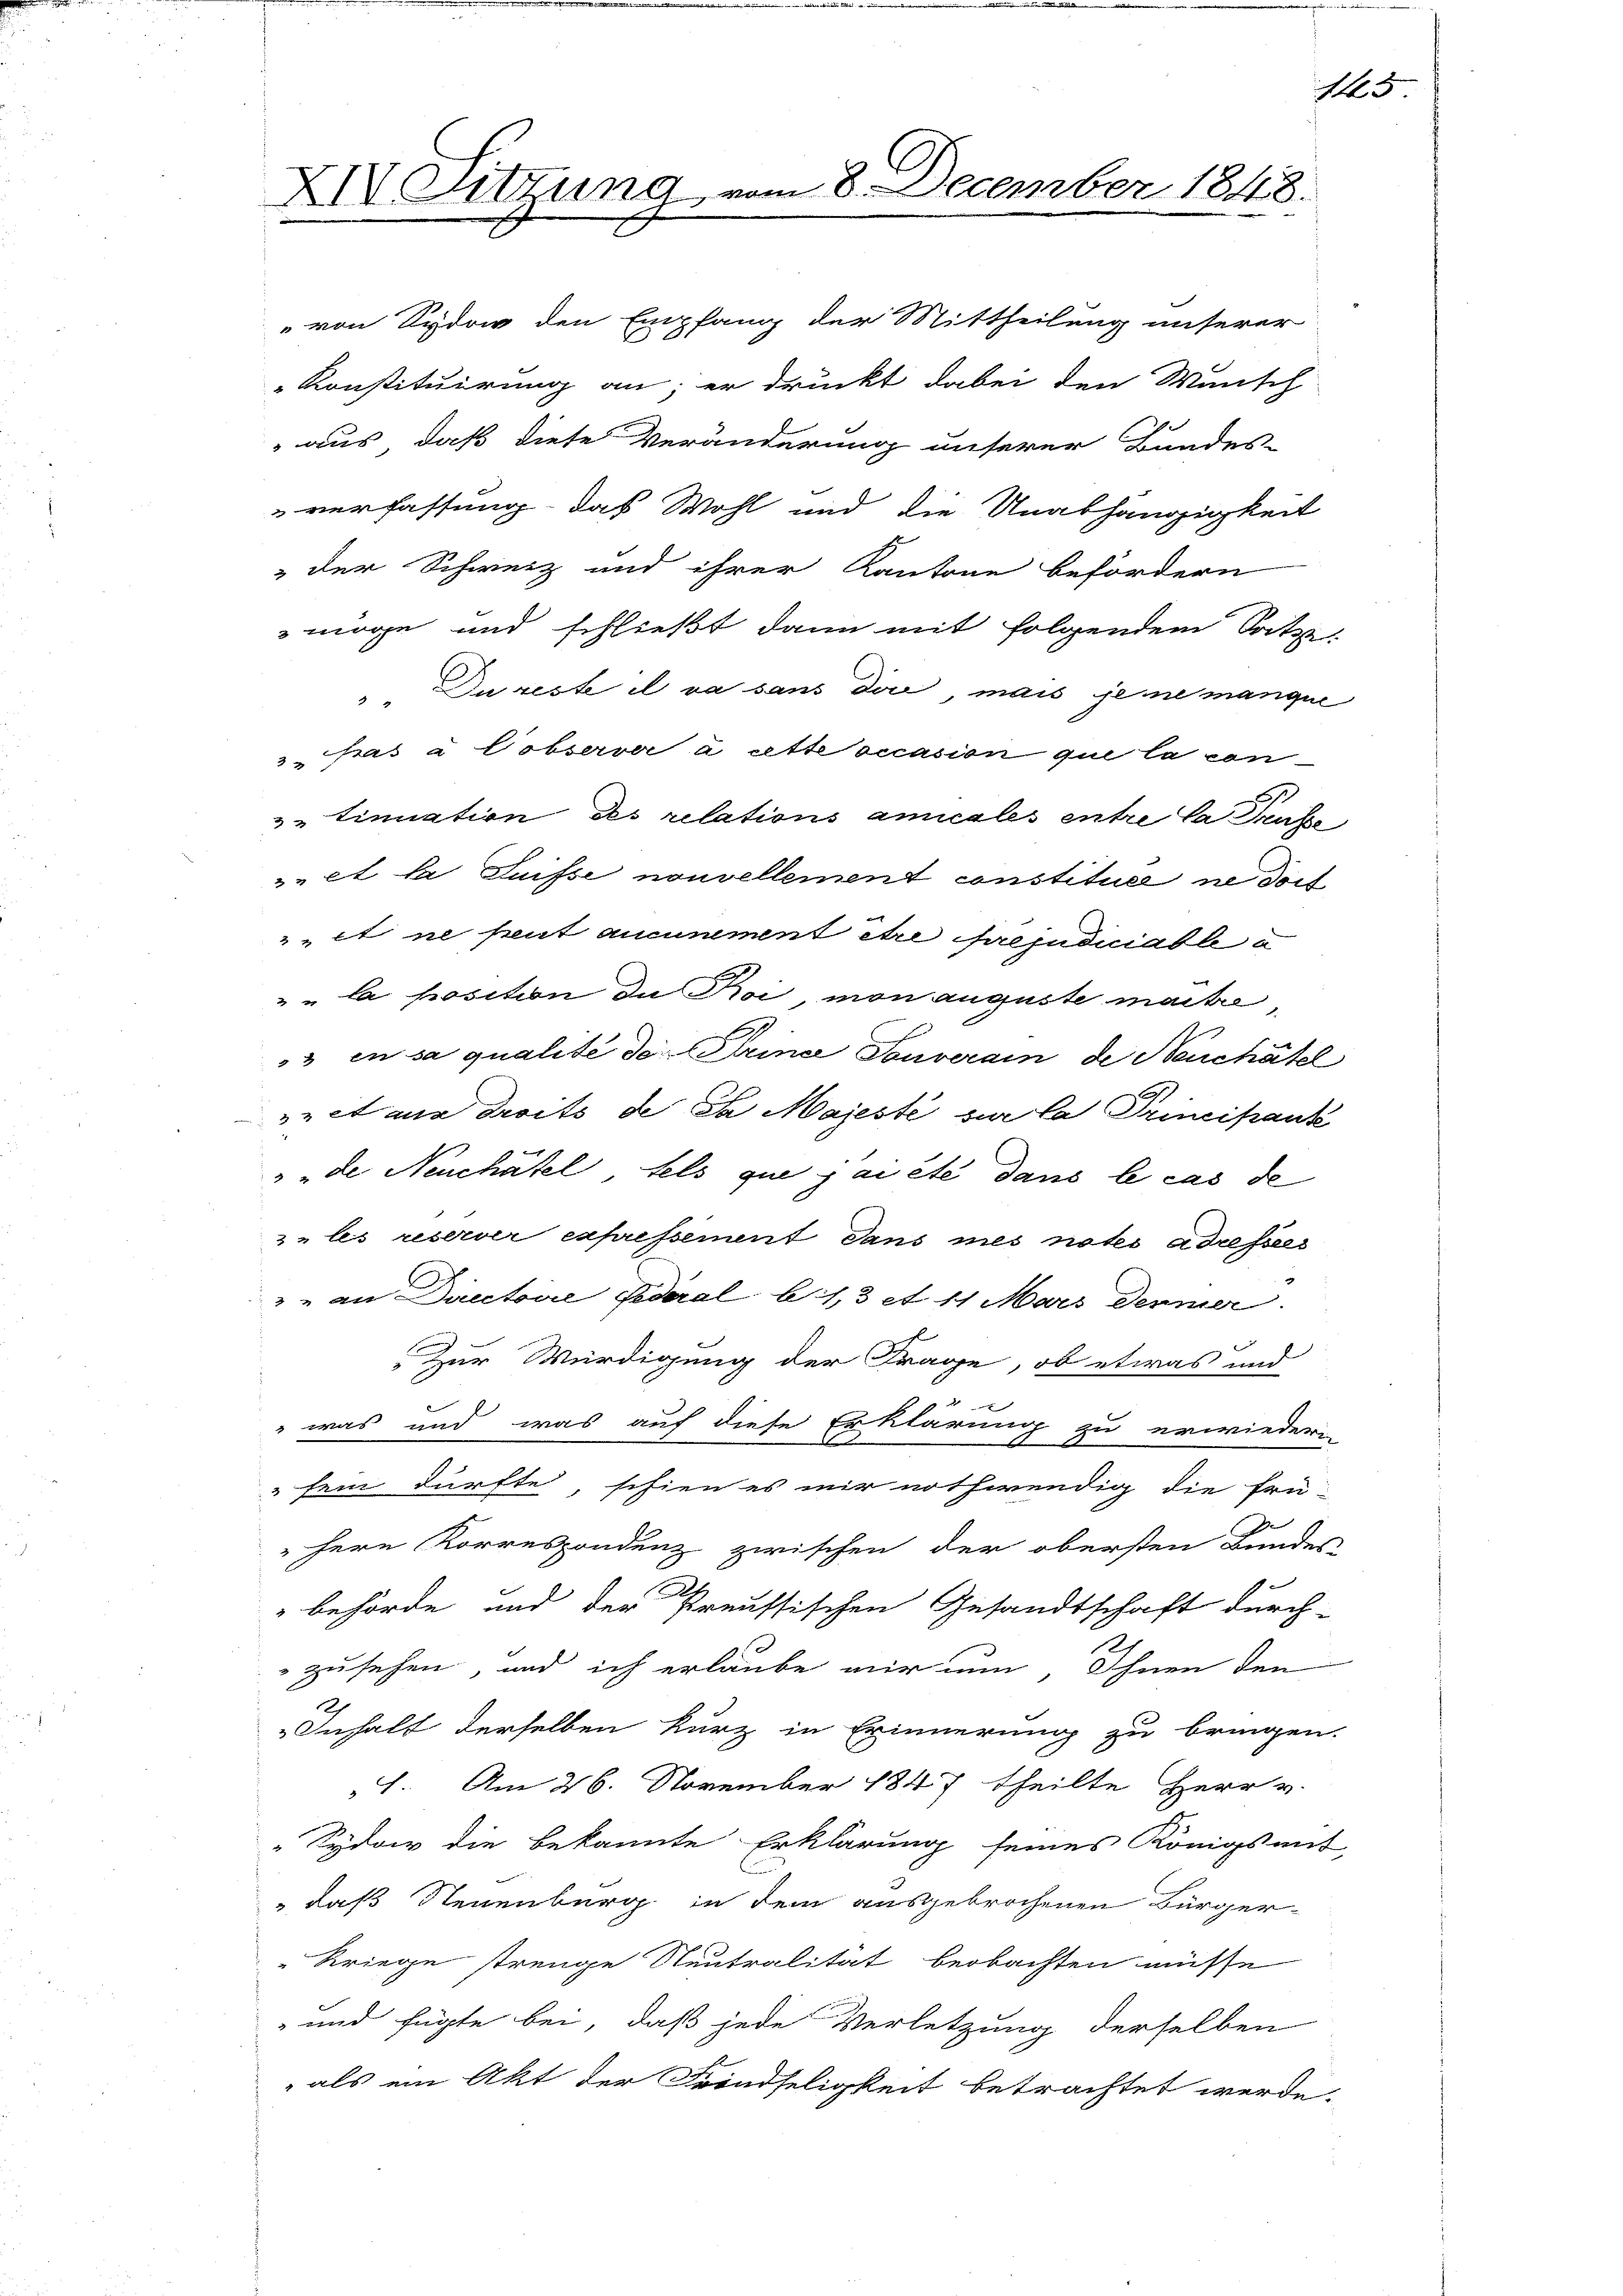
¬

XIV Sitzung

8 December 1848.

" von Sydow den Empfang der Mittheilung unserer
Konstituirung an; er druckt dabei den Mansch
aus, daß diese Veränderung unserer Bundes-
verfassung das Wohl und die Unabhängigkeit
3 der Schweiz und ihrer Kantone befördern
 möge und schließt dann mit folgendem Sitze
"Du reste il va sans dir mais jene manque
3 as à Cobserver à cette occasion que la con
" tinuation des relations amicales entre la Denke
ze et la Suisse nouvellement constituer ne dort
 et ne peut aucunement etce préjudiciable a
" " la position da Kroi, mon auguste martie
3 in sa qualité der Trina Touverain de Neuchâtel
.
nnet aus droits de da Majesté sur la Trincipank
de Neuchâtel, tels que ja eté dans le cas de
zu les reserver expressement dans mes nates adresses
2 an Directoire Federal b1,3 et 11 Mars denner.
Zur Würdigung der Frage, ob etwas und
was und was auf diese Erklärung zu erwiedern
fein dürfte, schien es mir nothwendig die frü-
J
Hern Korrespondenz zwischen der obersten Bundes-
behörde und der Preussischen Gesandtschaft durch-
2
zusehen, und ich erlaube mir nun, Ihnen den
2
Inhalt derselben kurz in Erinnerung zu bringen.
1. Am 26. November 1847 theilte Herr v.
"Sydow die bekannte Erklärung seines Königs mit
daß Neuenburg in dem ausgebrochenen Bürger-
"Kriege strenge Neutralität beobachten müsse
und fügte bei, daß jede Verletzung derselben
als ein Akt der Feindseligkeit betrachtet werde.

M5

3